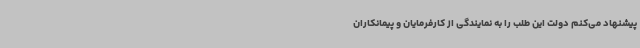
پیشنهاد می‌کنم دولت این طلب را به نمایندگی از کارفرمایان و پیمانکاران